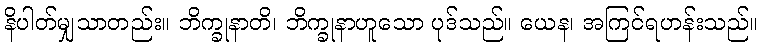
နိပါတ်မျှသာတည်း။ ဘိက္ခုနာတိ၊ ဘိက္ခုနာဟူသော ပုဒ်သည်။ ယေန၊ အကြင်ရဟန်းသည်။